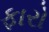
ફારો